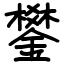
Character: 鐢